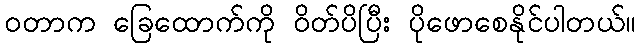
ဝတာက ခြေထောက်ကို ဝိတ်ပိပြီး ပိုဖောစေနိုင်ပါတယ်။